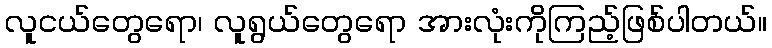
လူငယ်တွေရော၊ လူရွယ်တွေရော အားလုံးကိုကြည့်ဖြစ်ပါတယ်။